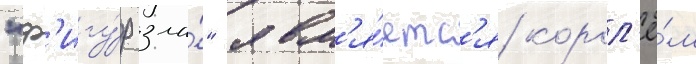
"ф'игу́р зла́" явл'я́етс'я корол'ё́м